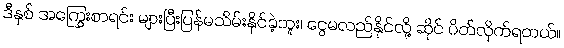
ဒီနှစ် အကြွေးစာရင်း များပြီးပြန်မသိမ်းနိုင်ခဲ့ဘူး၊ ငွေမလည်နိုင်လို့ ဆိုင် ပိတ်လိုက်ရတယ်။